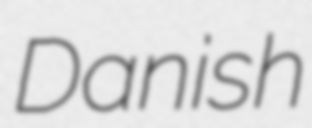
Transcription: Danish